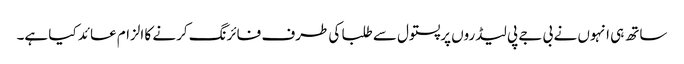
ساتھ ہی انہوں نے بی جے پی لیڈروں پرپستول سے طلبا کی طرف فائرنگ کرنے کا الزام عائد کیا ہے۔